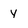
Character: y